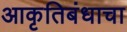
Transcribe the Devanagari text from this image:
आकृतिबंधाचा